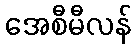
အေစီမီလန်